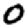
Digit: 0